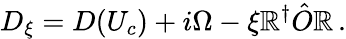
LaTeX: D_{\xi}=D(U_{c})+i\Omega-\xi\mathbb{R}^{\dagger}\hat{{O}}\mathbb{R}\, .